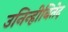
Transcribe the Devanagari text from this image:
उनिन्हीबितेद